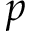
p